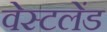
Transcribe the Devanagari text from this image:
वेस्टलेंड